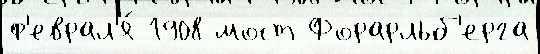
ф'еврал'я́ 1908 мост Форарльб'ерга